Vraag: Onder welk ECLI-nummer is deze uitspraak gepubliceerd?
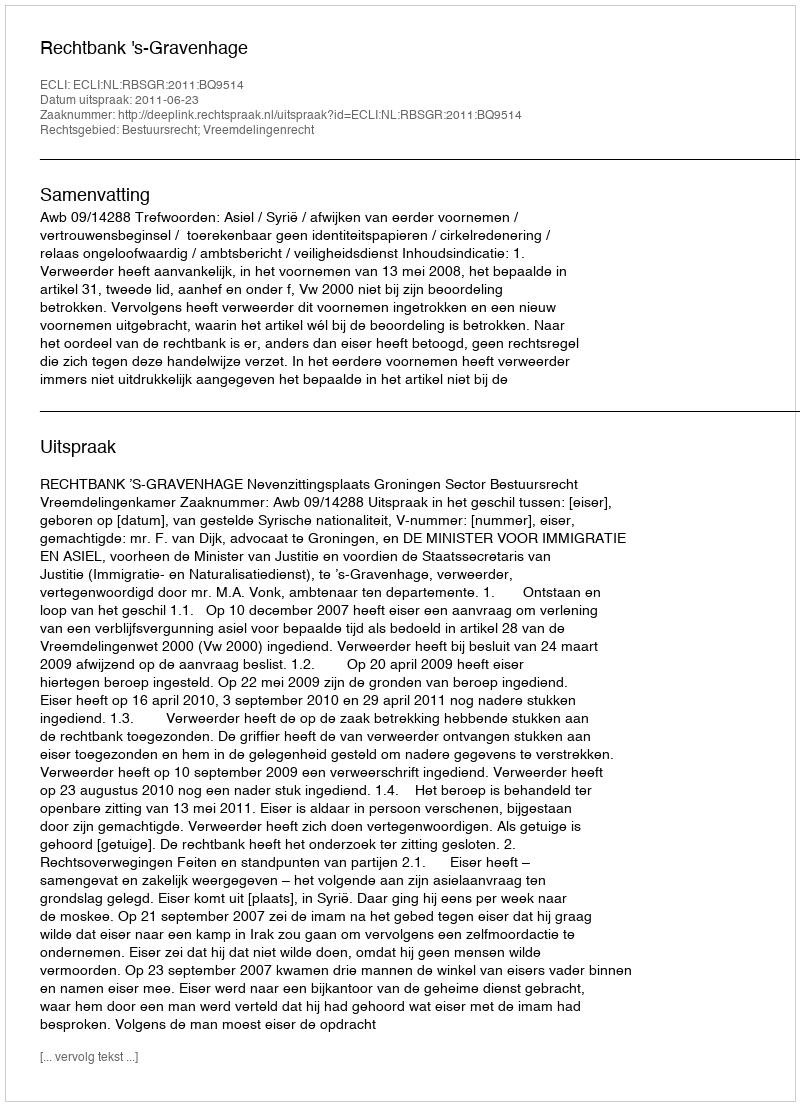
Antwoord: ECLI:NL:RBSGR:2011:BQ9514